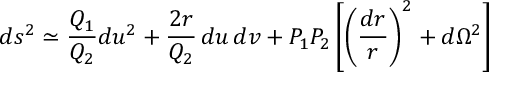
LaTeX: d s ^ { 2 } \simeq { \frac { Q _ { 1 } } { Q _ { 2 } } } d u ^ { 2 } + { \frac { 2 r } { Q _ { 2 } } } \, d u \, d v + P _ { 1 } P _ { 2 } \left[ \left( { \frac { d r } { r } } \right) ^ { 2 } + d \Omega ^ { 2 } \right]